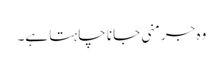
وہ جرمنی جانا چاہتا ہے۔